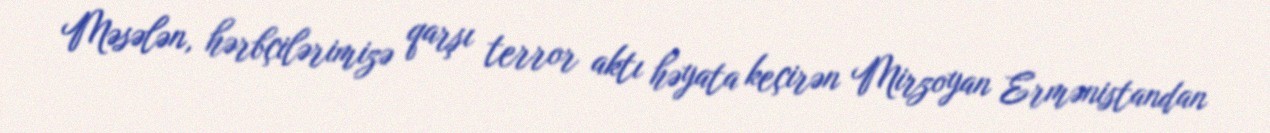
Məsələn, hərbçilərimizə qarşı terror aktı həyata keçirən Mirzoyan Ermənistandan